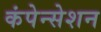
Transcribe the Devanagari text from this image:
कंपेन्सेशन